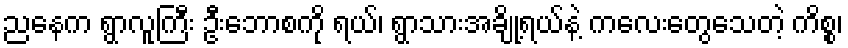
ညနေက ရွာလူကြီး ဦးဘောစကို ရယ်၊ ရွာသားအချို့ရယ်နဲ့ ကလေးတွေသေတဲ့ ကိစ္စ၊